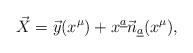
LaTeX: \begin{align*}\vec X=\vec y(x^\mu)+x^{\underline a}\vec n_{\underline a}(x^\mu),\end{align*}